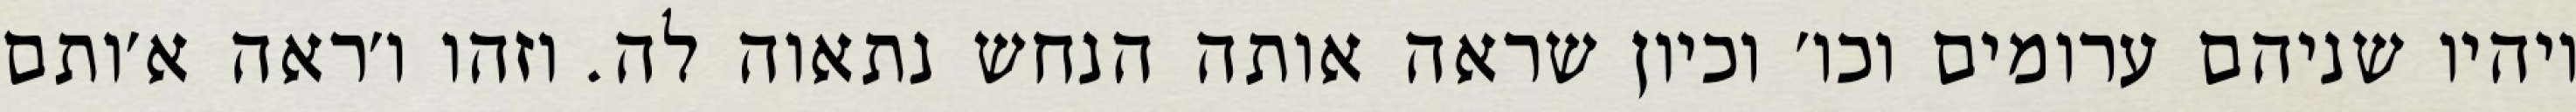
ויהיו שניהם ערומים וכו׳ וכיון שראה אותה הנחש נתאוה לה. וזהו ו׳ראה א׳ותם